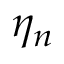
\eta _ { n }